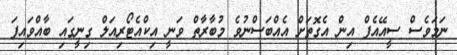
ނަމަވެސް ސީއޭއެފް އިން އެގޮތަށް އެއްބަސްނުވެ މުބާރާތް ވަނީ އިކްއެޓޯރިއަލް ގިނީގައި ބާއްވައިފަ